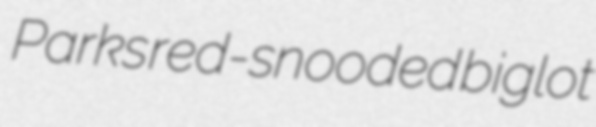
Parks red-snooded biglot